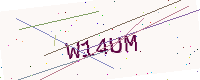
Text: W14UM